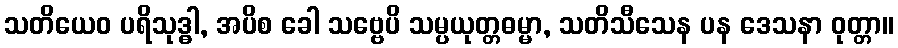
သတိယေဝ ပရိသုဒ္ဓါ, အပိစ ခေါ သဗ္ဗေပိ သမ္ပယုတ္တဓမ္မာ, သတိသီသေန ပန ဒေသနာ ဝုတ္တာ။